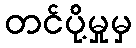
တင်ပို့မှုမှ